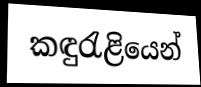
කඳුරැළියෙන්